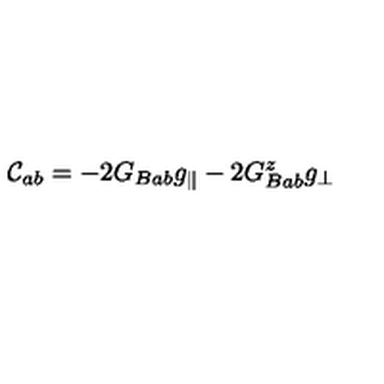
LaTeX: { \cal C } _ { a b } = - 2 G _ { B a b } g _ { \parallel } - 2 G _ { B a b } ^ { z } g _ { \perp }